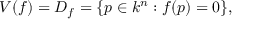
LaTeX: V ( f ) = D _ { f } = \{ p \in k ^ { n } : f ( p ) = 0 \} ,